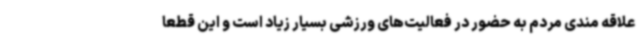
علاقه مندی مردم به حضور در فعالیت‌های ورزشی بسیار زیاد است و این قطعاً